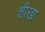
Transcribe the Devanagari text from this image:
शीखा